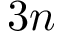
3 n